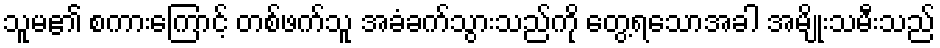
သူမ၏ စကားကြောင့် တစ်ဖက်သူ အခံခက်သွားသည်ကို တွေ့ရသောအခါ အမျိုးသမီးသည်